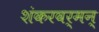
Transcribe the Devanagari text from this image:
शंकरवर्मन्